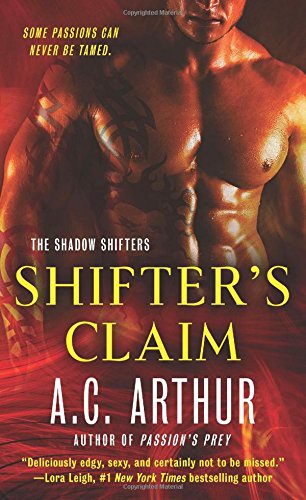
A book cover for Shifter's Claim: A Paranormal Shapeshifter Werejaguar Romance (The Shadow Shifters); A. C. Arthur; Romance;